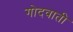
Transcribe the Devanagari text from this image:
गोदवाती